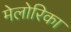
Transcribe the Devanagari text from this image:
मेलोरिका